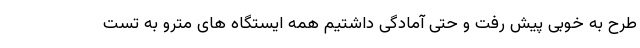
طرح به خوبی پیش رفت و حتی آمادگی داشتیم همه ایستگاه های مترو به تست